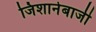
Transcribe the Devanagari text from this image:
जिशानेबाजी